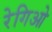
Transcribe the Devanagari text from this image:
रेगिओ